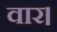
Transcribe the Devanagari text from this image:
वार।